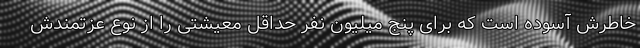
خاطرش آسوده است که برای پنج میلیون نفر حداقل معیشتی را از نوع عزتمندش